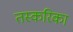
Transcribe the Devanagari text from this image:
तस्करिका